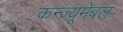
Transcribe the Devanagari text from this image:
कन्ज्यूमेबल